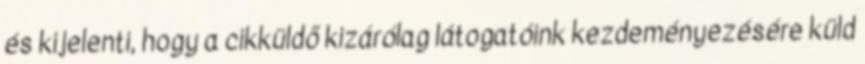
és kijelenti, hogy a cikküldő kizárólag látogatóink kezdeményezésére küld